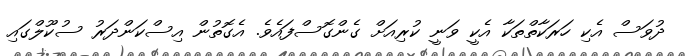
ދުވަސް އެކި ހަރަކާތްތަކާ އެކީ ވަނީ ކުރިއަށް ގެންގޮސްފައެވެ. އެގޮތުން އިސްކަންދަރު ސުކޫލްގައި